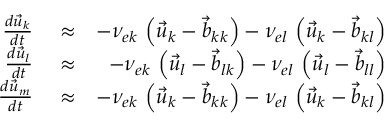
\begin{array} { r l r } { \frac { d \vec { u } _ { k } } { d t } } & { { } \approx } & { - \nu _ { e k } \, \left( \vec { u } _ { k } - \vec { b } _ { k k } \right) - \nu _ { e l } \, \left( \vec { u } _ { k } - \vec { b } _ { k l } \right) } \\ { \frac { d \vec { u } _ { l } } { d t } } & { { } \approx } & { - \nu _ { e k } \, \left( \vec { u } _ { l } - \vec { b } _ { l k } \right) - \nu _ { e l } \, \left( \vec { u } _ { l } - \vec { b } _ { l l } \right) } \\ { \frac { d \vec { u } _ { m } } { d t } } & { { } \approx } & { - \nu _ { e k } \, \left( \vec { u } _ { k } - \vec { b } _ { k k } \right) - \nu _ { e l } \, \left( \vec { u } _ { k } - \vec { b } _ { k l } \right) } \end{array}